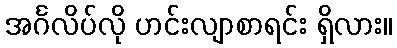
အင်္ဂလိပ်လို ဟင်းလျာစာရင်း ရှိလား။